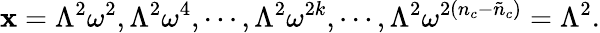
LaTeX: \mathbf{x}=\Lambda^{2}\omega^{2},\Lambda^{2}\omega^{4},\cdots,\Lambda^{2}\omega^{2k},\cdots,\Lambda^{2}\omega^{2(n_{c}-\tilde{{n}}_{c})}=\Lambda^{2}.